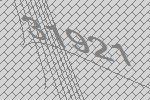
31921